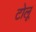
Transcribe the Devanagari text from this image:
टोलू